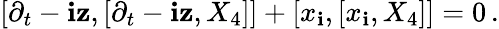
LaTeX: [\partial_{t}-\mathbf{i}\mathbf{z},[\partial_{t}-\mathbf{i}\mathbf{z},X_{4}]]+[x_{\mathbf{i}},[x_{\mathbf{i}},X_{4}]]=0\, .